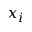
x _ { i }